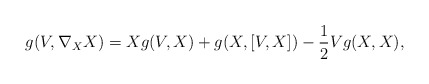
\begin{align*} g(V,\nabla_XX)=Xg(V,X)+g(X,[V,X])-\frac{1}{2}Vg(X,X), \end{align*}